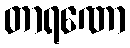
တာရဏော